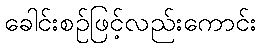
ခေါင်းစဉ်ဖြင့်လည်းကောင်း